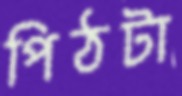
পিঠটা